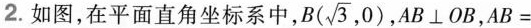
2. 如图，在平面直角坐标系中， B ( \sqrt { 3 } , 0 ) ，AB\botOB，$$A B =$$